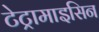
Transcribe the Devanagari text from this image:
टेट्रामाइसिन